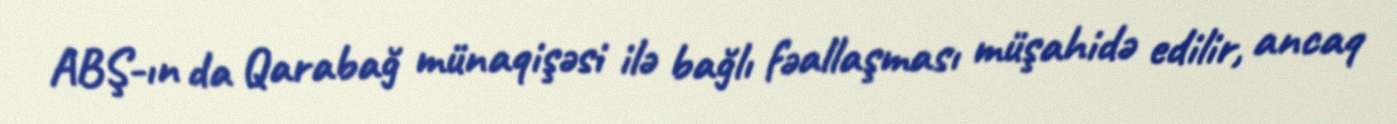
ABŞ-ın da Qarabağ münaqişəsi ilə bağlı fəallaşması müşahidə edilir, ancaq